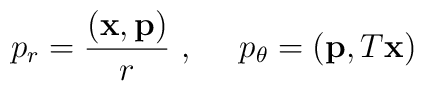
p_r=\frac{({\bf x},{\bf p})}{r}\ ,\ \ \ \ p_\theta =({\bf p},T{\bf x})